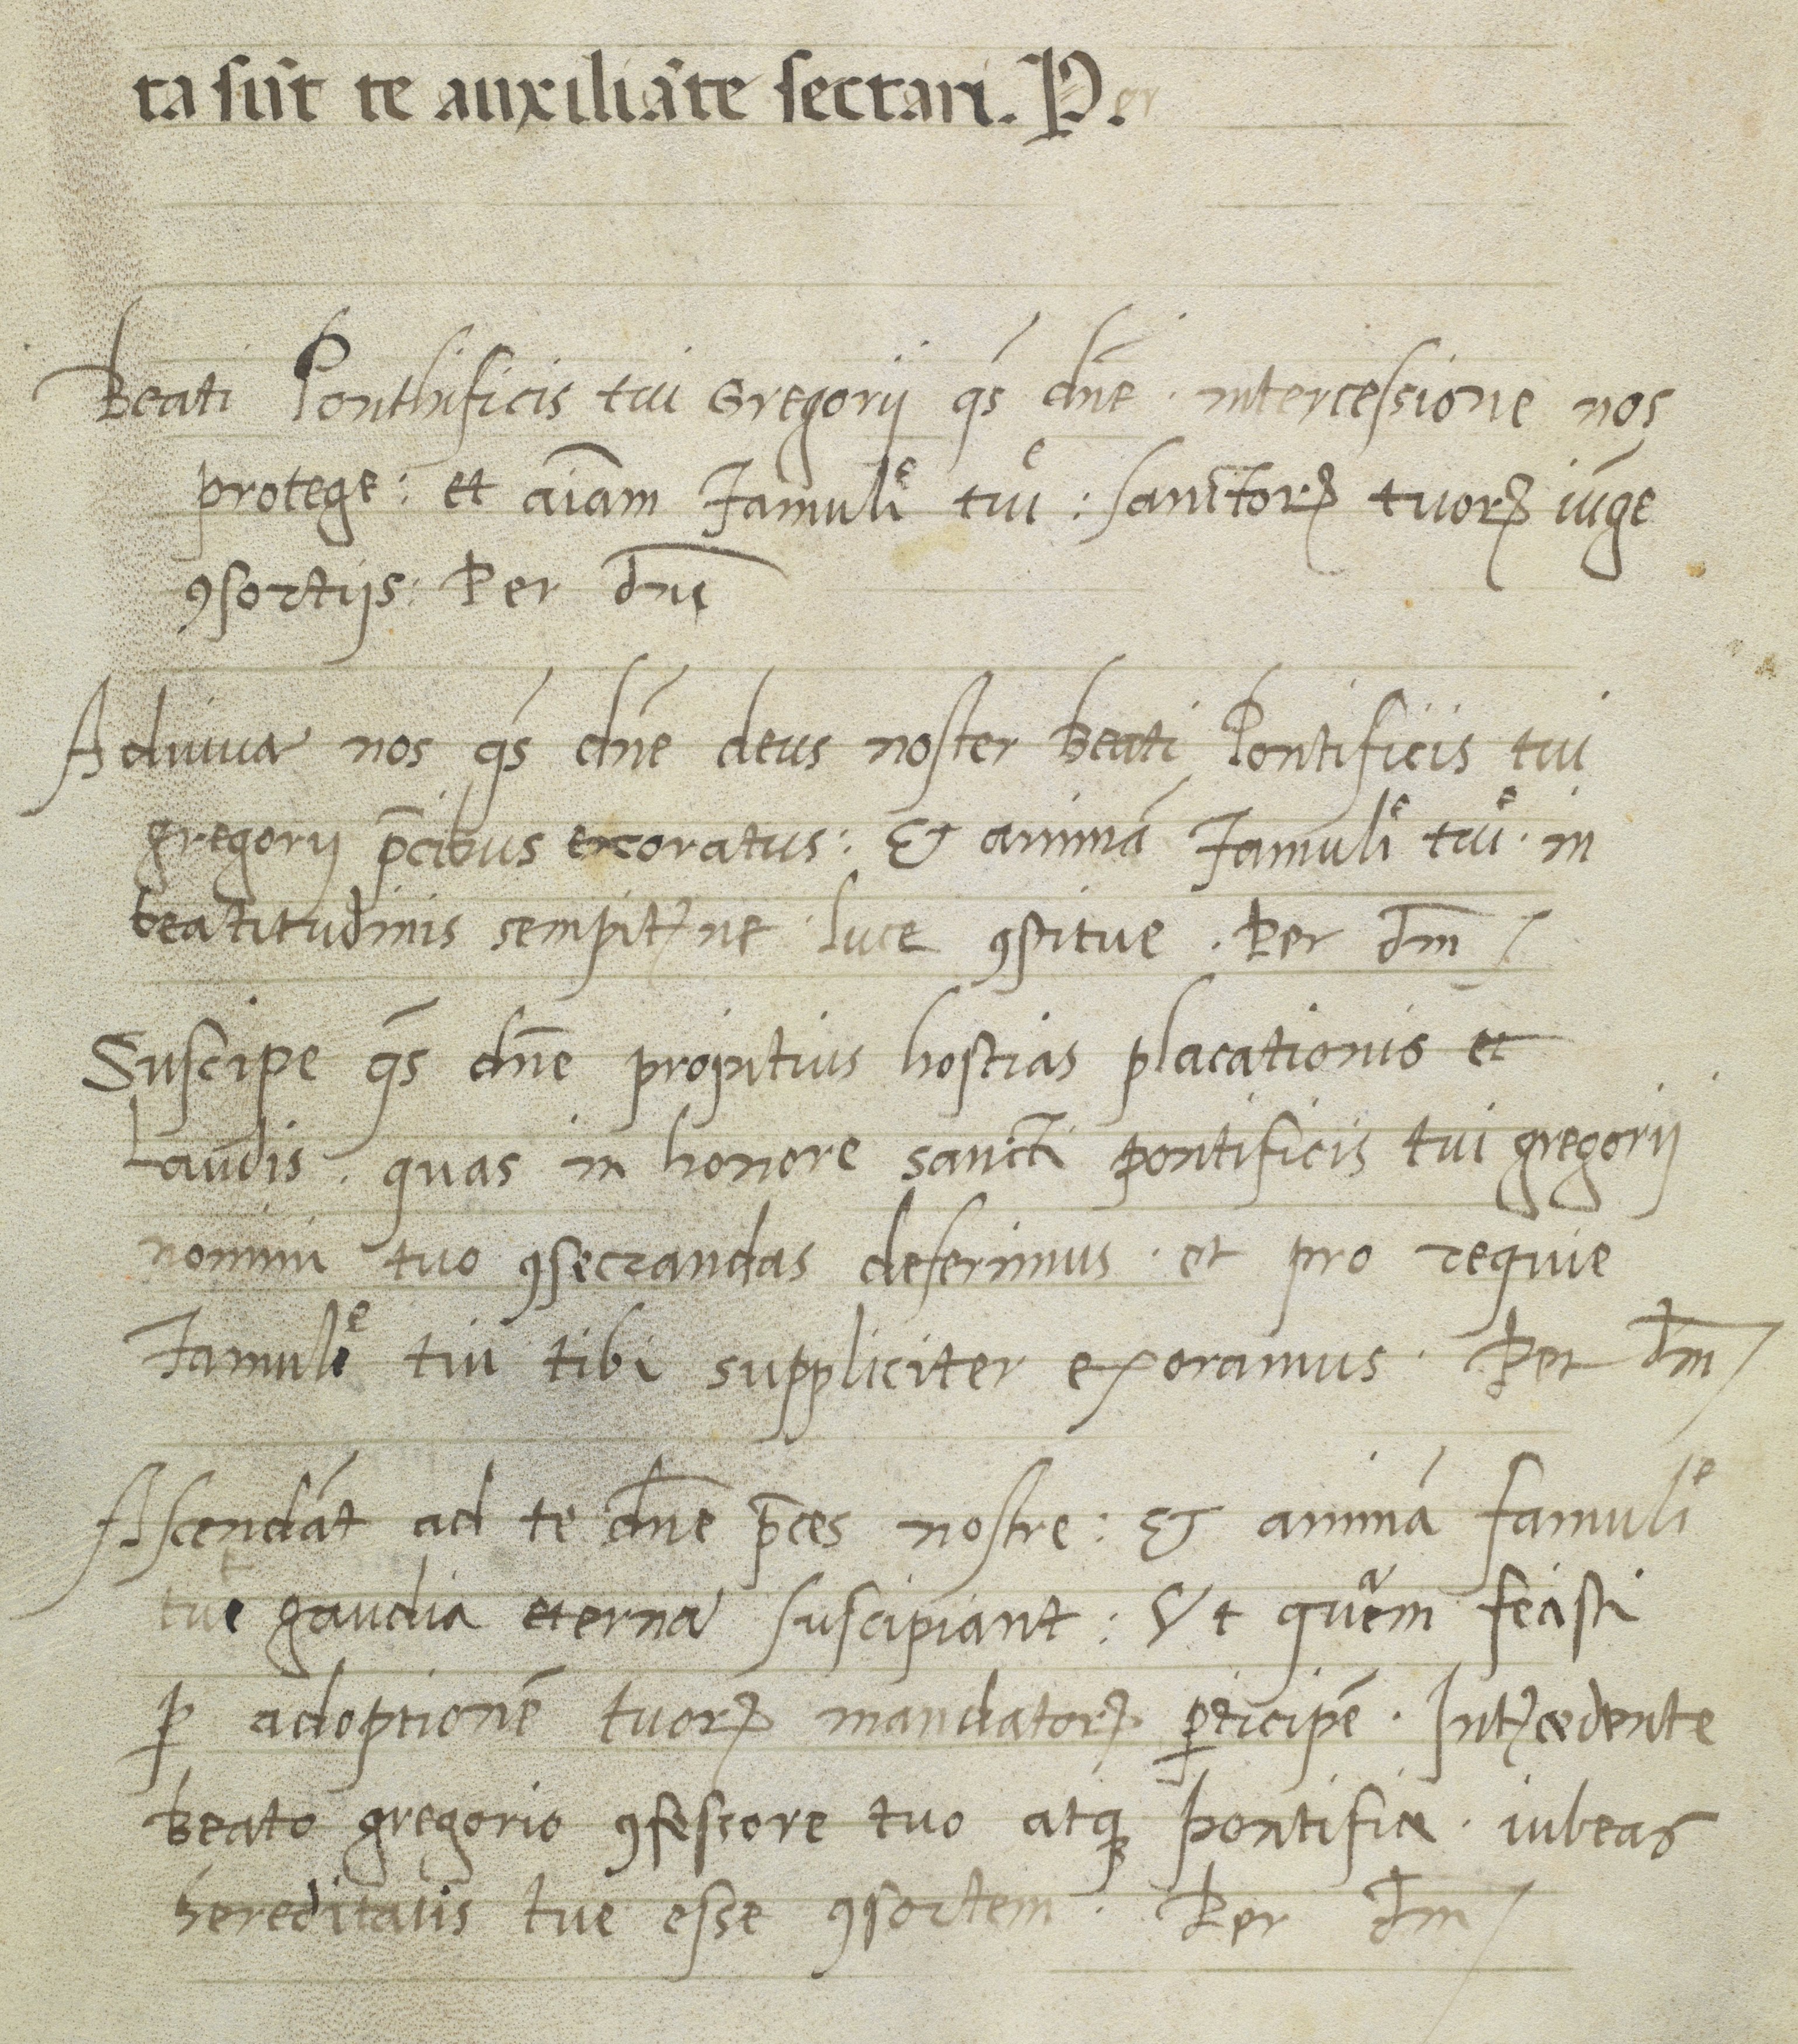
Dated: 1450–1499